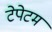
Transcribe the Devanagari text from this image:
टेपेटम